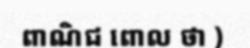
ពាណិជ ពោល ថា )